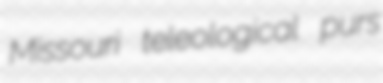
Missouri teleological purs